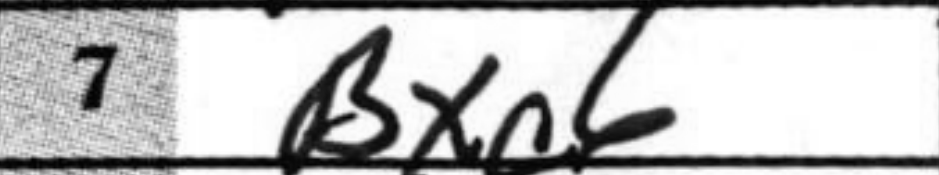
Transcription: Bxc6